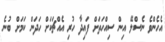
އެހެންވެ ނެސްލޭ އިން ސިއްހަތަށް ފައިދާ ހުރި އެއްޗަކަށް ހަދަން ކަމަށް ބުނެ